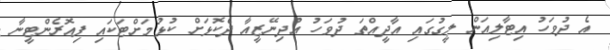
އެ ދުވަހު އިޓާލިއަން ލީގުގައި އާދީއްތަ ދުވަހު އުދިނޭޒީއާ ދެކޮޅަށް ކުޅުމަށްޓަކައި ފިއޮރެންޓީނާ